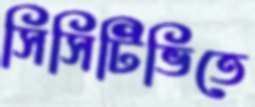
সিসিটিভিতে